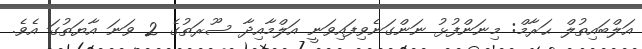
އަލްބައިތުލް ޙަރާމް: މިނަންފުޅު ނަންގަނެވިފައިވަނީ އަލްމާއިދާ ސޫރަތުގެ 2 ވަނަ އާޔަތުގަ އެވެ.